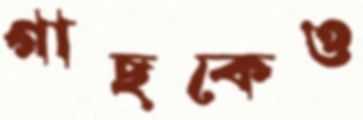
গাছকেও